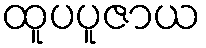
ထူပပူဇာယ